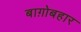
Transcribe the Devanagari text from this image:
बाग़ोबहार